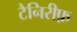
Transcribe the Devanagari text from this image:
टैनिरीफ़